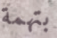
بتهمة